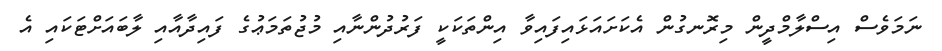
ނަމަވެސް އިސްލާމްދީން މިރޮނގުން އެކަށައަަޅައިފައިވާ އިންތަކަކީ ފަރުދުންނާއި މުޖުތަމަޢުގެ ފައިދާއާއި ލާބައަށްޓަކައި އެ